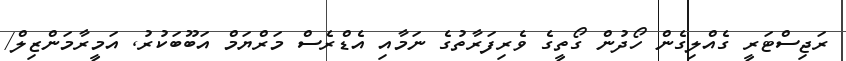
ރަޖިސްޓަރީ ގެއްލިގެން ހޯދުން ގޯތީގެ ވެރިފަރާތުގެ ނަމާއި އެޑްރެސް މަރްޔަމް އަބޫބަކުރު